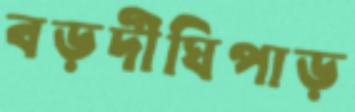
বড়দীঘিপাড়